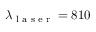
\lambda _ { \textrm { l a s e r } } = 8 1 0